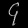
Digit: ၄